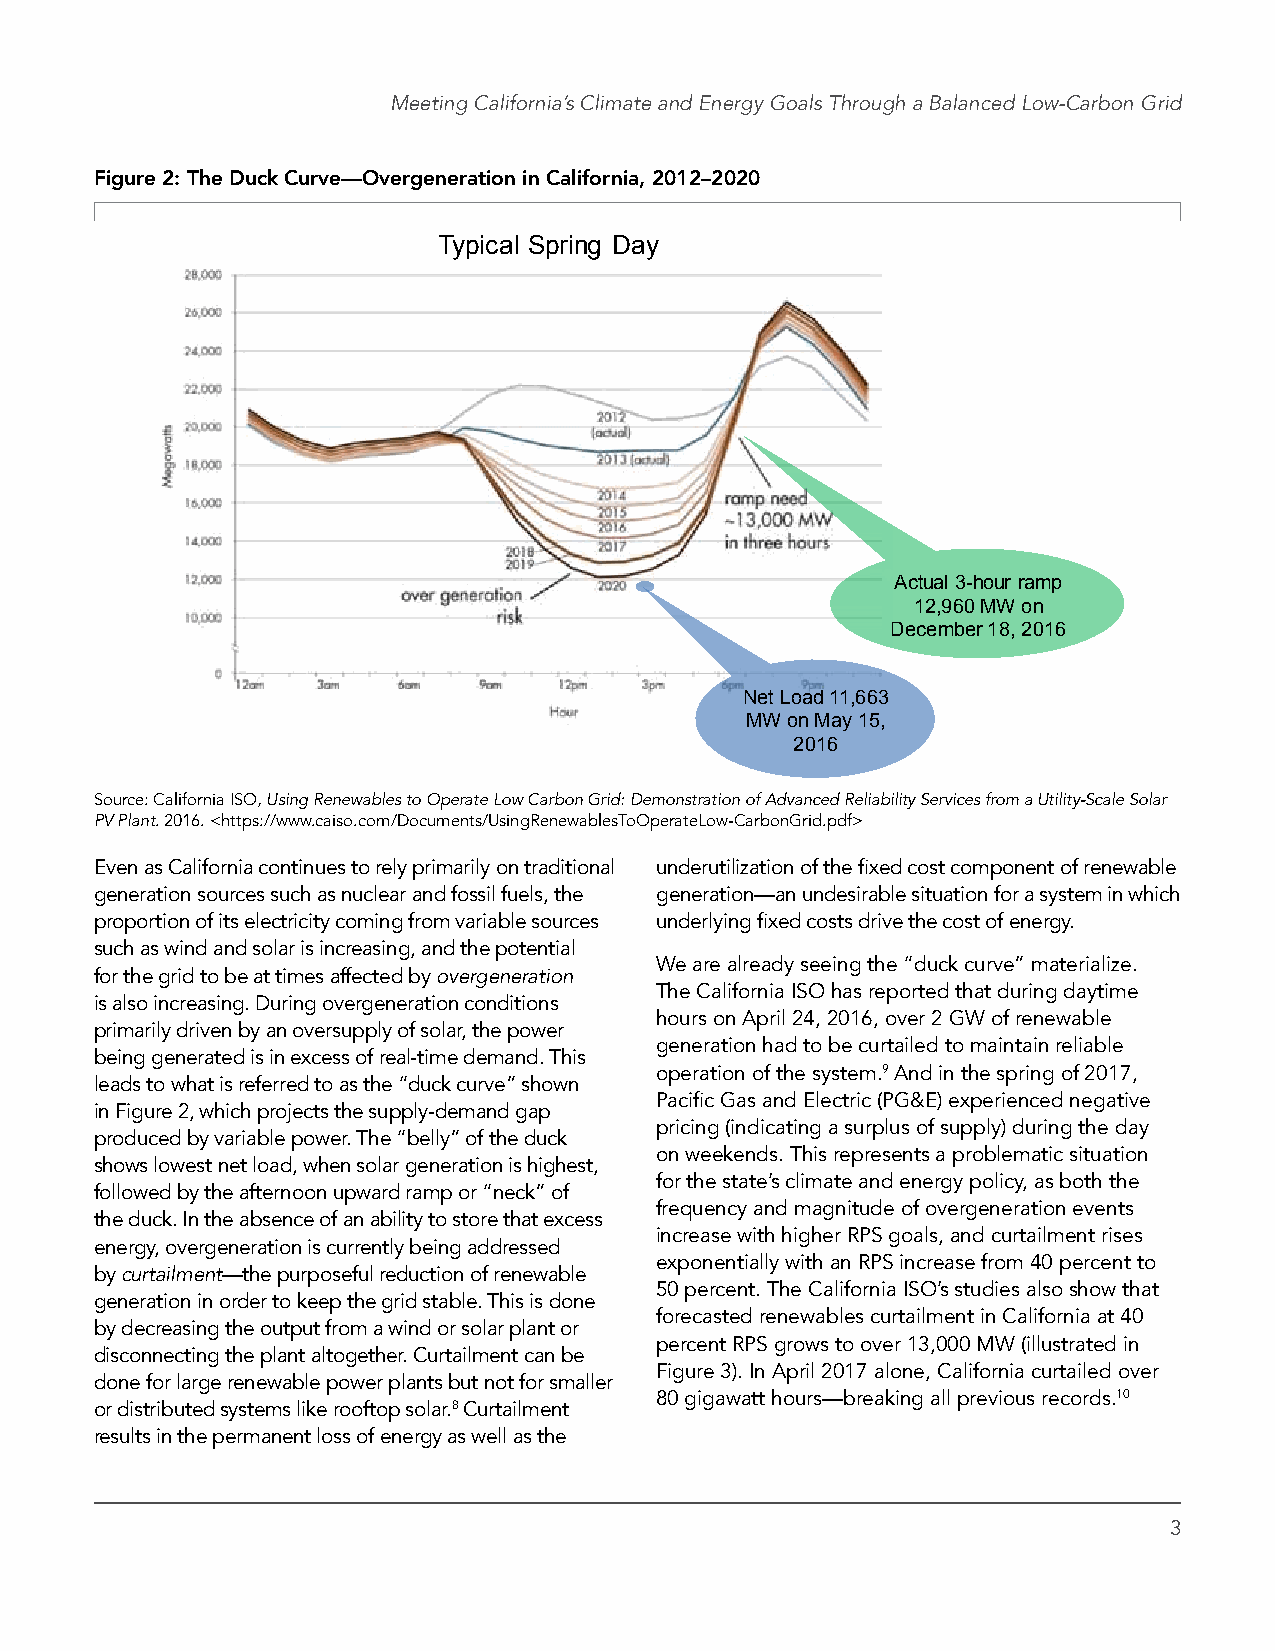
Meeting California’s Climate and Energy Goals Through a Balanced Low-Carbon Grid
 Figure 2: The Duck Curve—Overgeneration in California, 2012–2020
 Typical Spring Day
 Actual 3-hour ramp
 12,960 MW on
 December 18, 2016
 Net Load 11,663
 MW on May 15,
 2016
 Source: California ISO, Using Renewables to Operate Low Carbon Grid: Demonstration of Advanced Reliability Services from a Utility-Scale Solar
 PV Plant. 2016. <https://www.caiso.com/Documents/UsingRenewablesToOperateLow-CarbonGrid.pdf>
 Even as California continues to rely primarily on traditional underutilization of the fixed cost component of renewable
 generation sources such as nuclear and fossil fuels, the generation—an undesirable situation for a system in which
 proportion of its electricity coming from variable sources underlying fixed costs drive the cost of energy.
 such as wind and solar is increasing, and the potential
 We are already seeing the “duck curve” materialize.
 for the grid to be at times affected by overgeneration
 The California ISO has reported that during daytime
 is also increasing. During overgeneration conditions
 hours on April 24, 2016, over 2 GW of renewable
 primarily driven by an oversupply of solar, the power
 generation had to be curtailed to maintain reliable
 being generated is in excess of real-time demand. This
 operation of the system.9 And in the spring of 2017,
 leads to what is referred to as the “duck curve” shown
 Pacific Gas and Electric (PG&E) experienced negative
 in Figure 2, which projects the supply-demand gap
 pricing (indicating a surplus of supply) during the day
 produced by variable power. The “belly” of the duck
 on weekends. This represents a problematic situation
 shows lowest net load, when solar generation is highest,
 for the state’s climate and energy policy, as both the
 followed by the afternoon upward ramp or “neck” of
 frequency and magnitude of overgeneration events
 the duck. In the absence of an ability to store that excess
 increase with higher RPS goals, and curtailment rises
 energy, overgeneration is currently being addressed
 exponentially with an RPS increase from 40 percent to
 by curtailment—the purposeful reduction of renewable
 50 percent. The California ISO’s studies also show that
 generation in order to keep the grid stable. This is done
 forecasted renewables curtailment in California at 40
 by decreasing the output from a wind or solar plant or
 percent RPS grows to over 13,000 MW (illustrated in
 disconnecting the plant altogether. Curtailment can be
 Figure 3). In April 2017 alone, California curtailed over
 done for large renewable power plants but not for smaller
 80 gigawatt hours—breaking all previous records.10
 or distributed systems like rooftop solar.8 Curtailment
 results in the permanent loss of energy as well as the
 3